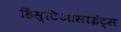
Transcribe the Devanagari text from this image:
हिस्टिओसाईट्स